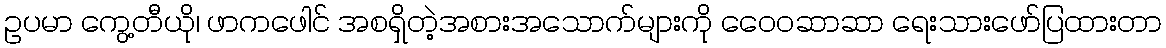
ဥပမာ ကွေ့တီယို၊ ဖာကဖေါင် အစရှိတဲ့အစားအသောက်များကို ဝေေ၀ဆာဆာ ရေးသားဖော်ပြထားတာ